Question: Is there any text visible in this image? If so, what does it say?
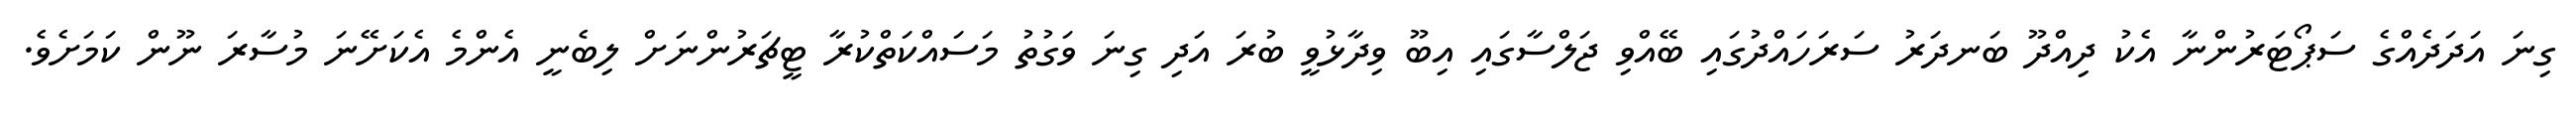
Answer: ގިނަ އަދަދެއްގެ ސަޕޯޓަރުންނާ އެކު ދިއްދޫ ބަނދަރު ސަރަހައްދުގައި ބޭއްވި ޖަލްސާގައި އިބޫ ވިދާޅުވީ ބުރަ އަދި ގިނަ ވަގުތު މަސައްކަތްކުރާ ޓީޗަރުންނަށް ލިބެނީ އެންމެ އެކަށޭނަ މުސާރަ ނޫން ކަމަށެވެ.